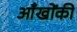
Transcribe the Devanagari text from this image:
आँखोंकी